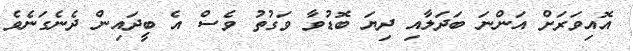
އޮއިވަރަށް އަންނަ ބަދަލާއި ދިޔަ ބޮޑުވާ ވަގުތު ވެސް އެ ބީދައިން ދެނެގަނެވެ